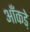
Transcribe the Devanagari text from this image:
आँकडे़